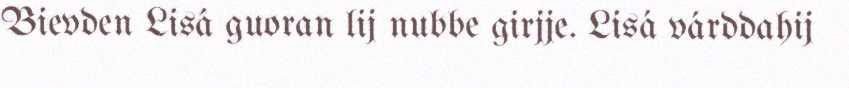
Bievden Lisá guoran lij nubbe girjje. Lisá várddahij